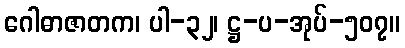
ဂေါဓာဇာတက၊ ပါ-၃၂၊ ဋ္ဌ-ပ-အုပ်-၅၀၇။